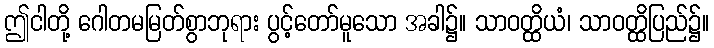
ဤငါတို့ ဂေါတမမြတ်စွာဘုရား ပွင့်တော်မူသော အခါ၌။ သာဝတ္ထိယံ၊ သာဝတ္ထိပြည်၌။